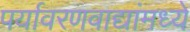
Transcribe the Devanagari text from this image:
पर्यावरणवाद्यांमध्ये